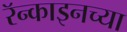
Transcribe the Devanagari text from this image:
रॅन्काइनच्या